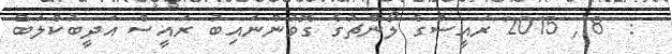
:  18